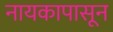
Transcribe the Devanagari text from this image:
नायकापासून